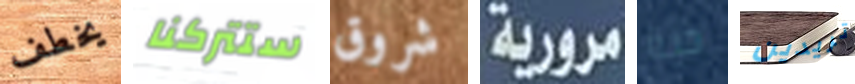
يخطف ستتركنا شروق مرورية حية تريدين